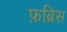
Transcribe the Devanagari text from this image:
फ़ब्रिस